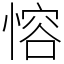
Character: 愹